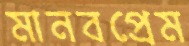
মানবপ্রেম